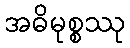
အဓိမုစ္စဿု